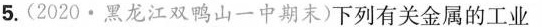
5.(2020·黑龙江双鸭山一中期末)下列有关金属的工业